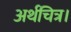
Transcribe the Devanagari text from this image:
अर्थचित्र।